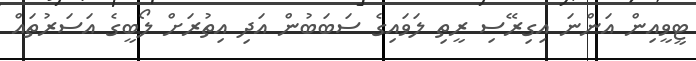
ޓީވީއިން އަންނަ އިގިރޭސި ރީތި ލަވައިގެ ސަބަބުން އަދި އިތުރަށް ލޯބީގެ އަސަރުތައް